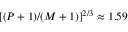
[ ( P + 1 ) / ( M + 1 ) ] ^ { 2 / 3 } \approx 1 . 5 9